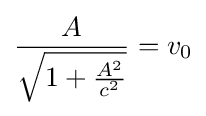
{\frac {A}{\sqrt {1+{\frac {A^{2}}{c^{2}}}}}}=v_{0}